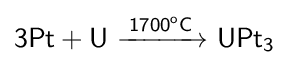
{\mathsf {3Pt+U\ {\xrightarrow {1700^{o}C}}\ UPt_{3}}}